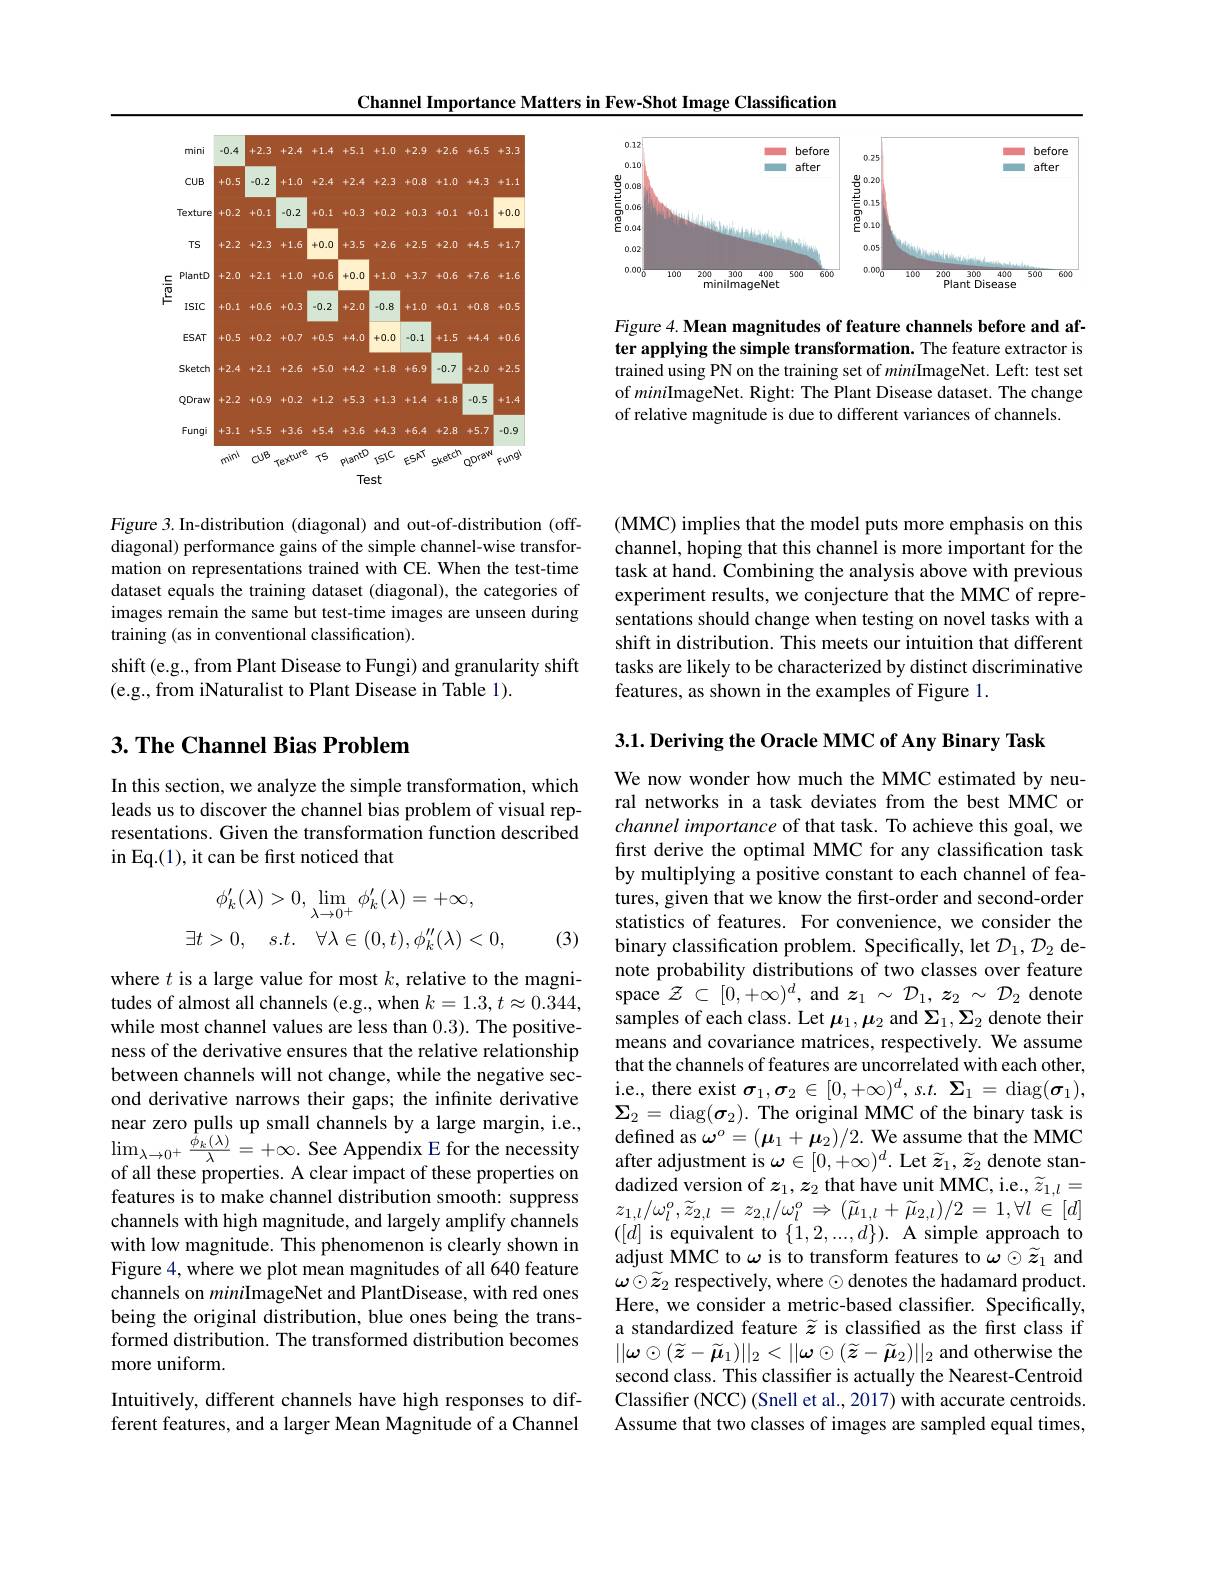
Channel Importance Matters in Few-Shot Image Classification

<FigureHere>

Figure 4. Mean magnitudes of feature channels before and after applying the simple transformation. The feature extractor is trained using PN on the training set of miniImageNet. Left: test set of miniImageNet. Right: The Plant Disease dataset. The change of relative magnitude is due to different variances of channels.

(MMC) implies that the model puts more emphasis on this channel, hoping that this channel is more important for the task at hand. Combining the analysis above with previous experiment results, we conjecture that the MMC of representations should change when testing on novel tasks with a shift in distribution. This meets our intuition that different tasks are likely to be characterized by distinct discriminative features, as shown in the examples of Figure 1.

<FigureHere>

Figure 3. In-distribution (diagonal) and out-of-distribution (offdiagonal) performance gains of the simple channel-wise transformation on representations trained with CE. When the test-time dataset equals the training dataset (diagonal), the categories of images remain the same but test-time images are unseen during training (as in conventional classification).

shift (e.g., from Plant Disease to Fungi) and granularity shift
(e.g., from iNaturalist to Plant Disease in Table 1).

## $3. \textbf{ The Channel Bias Problem}$

In this section, we analyze the simple transformation, which leads us to discover the channel bias problem of visual representations. Given the transformation function described in Eq.(1), it can be first noticed that
$$\begin{aligned}\phi_k'(\lambda)&>0,\lim_{\lambda\to0^+}\phi_k'(\lambda)=+\infty,\\\exists t>0,\quad s.t.\quad\forall\lambda\in(0,t),\phi_k''(\lambda)<0,\end{aligned}$$
(3)

where $t$ is a large value for most $k$, relative to the magnitudes of almost all channels (e.g., when $k=1.3,t\approx0.344$, while most channel values are less than 0.3). The positiveness of the derivative ensures that the relative relationship between channels will not change, while the negative second derivative narrows their gaps; the infinite derivative near zero pulls up small channels by a large margin, i.e., $\operatorname*{lim}_{\lambda\to0^{+}}\frac{\tilde{\phi}_{k}(\lambda)}{\lambda}=+\infty.$ See Appendix E for the necessity of all these properties. A clear impact of these properties on features is to make channel distribution smooth: suppress channels with high magnitude, and largely amplify channels with low magnitude. This phenomenon is clearly shown in Figure 4, where we plot mean magnitudes of all 640 feature channels on miniImageNet and PlantDisease, with red ones being the original distribution, blue ones being the transformed distribution. The transformed distribution becomes more uniform.

Intuitively, different channels have high responses to different features, and a larger Mean Magnitude of a Channel

3.1. Deriving the Oracle MMC of Any Binary Task
We now wonder how much the MMC estimated by neural networks in a task deviates from the best MMC or channel importance of that task. To achieve this goal, we first derive the optimal MMC for any classification task by multiplying a positive constant to each channel of features, given that we know the first-order and second-order statistics of features. For convenience, we consider the binary classification problem. Specifically, let $\mathcal{D}_1,\mathcal{D}_2$ denote probability distributions of two classes over feature space $\mathcal{Z}\subset[0,+\infty)^d$, and $z_1\sim\mathcal{D}_1,z_2\sim\mathcal{D}_2$ denote samples of each class. Let $\mu_1,\mu_2$ and $\Sigma_1,\Sigma_2$ denote their means and covariance matrices, respectively. We assume that the channels of features are uncorrelated with each other, i.e., there exist $\sigma _1, \sigma _2\in [ 0, + \infty ) ^d, s. t.$ $\Sigma _1=$ diag$(\boldsymbol{\sigma}_1)$, $\boldsymbol{\Sigma}_{2}=\operatorname{diag}(\boldsymbol{\sigma}_{2}).$ The original MMC of the binary task is ${\mathrm{defined~as~}\omega^o}=(\boldsymbol{\mu}_1+\boldsymbol{\mu}_2)/2.$ We assume that the MMC after adjustment is $\omega\in[0,+\infty)^d.$ Let $\widetilde{z}_1,\widetilde{z}_2$ denote standadized version of $z_1,z_2$ that have unit MMC, i.e., $\widetilde{z}_{1,l}=$ $z_{1,l}/\omega_{l}^{o},\widetilde{z}_{2,l}=z_{2,l}/\omega_{l}^{o}\Rightarrow(\widetilde{\mu}_{1,l}+\widetilde{\mu}_{2,l})/2=1,\forall l\in[d]$ $([d]$ is equivalent to $\{1,2,...,d\}).$ A simple approach to adjust MMC to $\omega$ is to transform features to $\omega\odot\widetilde{\boldsymbol{z}}_1$ and $\omega\odot\widetilde{z}_{2}$ respectively, where $\odot$ denotes the hadamard product. Here, we consider a metric-based classifier. Specifically, a standardized feature $\widetilde{z}$ is classified as the first class if $||\omega\odot(\widetilde{\boldsymbol{z}}-\widetilde{\boldsymbol{\mu}}_{1})||_{2}<||\omega\odot(\widetilde{\boldsymbol{z}}-\widetilde{\boldsymbol{\mu}}_{2})||_{2}$ and otherwise the second class. This classifier is actually the Nearest-Centroid Classifier (NCC) (Snell et al., 2017) with accurate centroids. Assume that two classes of images are sampled equal times,